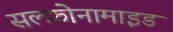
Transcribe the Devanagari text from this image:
सल्‍फ़ोनामाइड